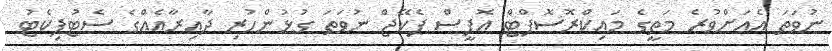
ނުވަތަ އެއަށްވުރެ މަތީގެ މައިކްރޮސޮފްޓް އޮފީސް ޕެކޭޖް ނުވަތަ ގުޅުންހުރި ދާއިރާއެއްގެ ސެޓުފިކެޓު